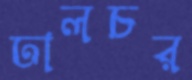
ঢালচর